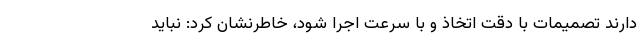
دارند تصمیمات با دقت اتخاذ و با سرعت اجرا شود، خاطرنشان کرد: نباید